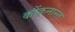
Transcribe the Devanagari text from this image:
कोंकनास्त